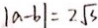
\vert a - b \vert = 2 \sqrt { 3 }